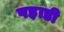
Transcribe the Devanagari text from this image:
पह़ाडी